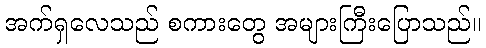
အက်ရှလေသည် စကားတွေ အများကြီးပြောသည်။